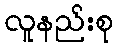
လူနည်းစု